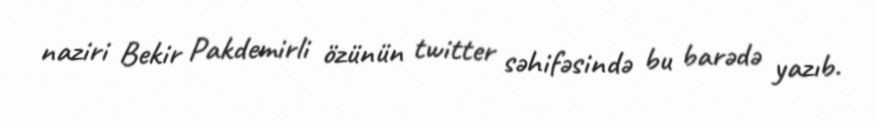
naziri Bekir Pakdemirli özünün twitter səhifəsində bu barədə yazıb.